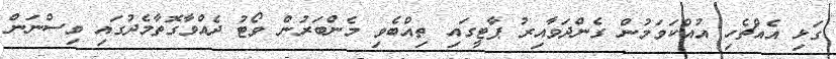
ގަޅި އެއްޗެހި އުއްކަވަމުން ގެންދަވާއިރު ޕާޓީގައި ތިއްބެވި މެންބަރުން ވޯޓު ދެއްވާގޮތާމެދުގައި ވިސްނަން